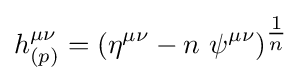
h_{(p)}^{\mu \nu }=(\eta ^{\mu \nu }-n\ \psi ^{\mu \nu })^{\tfrac {1}{n}}